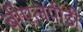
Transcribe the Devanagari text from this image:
बीएलपीडी